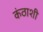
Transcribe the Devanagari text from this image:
कंठाशी